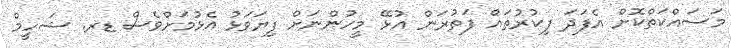
މަސައްކަތްކޮށް އެފަދަ ފިކުރުތައް ފަތުރަން އުޅޭ މީހުންނަށް ފިޔަވަޅު އެޅުމަށްވެސް ޑރ. ޝަހީމް